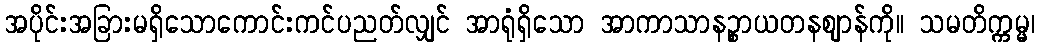
အပိုင်းအခြားမရှိသောကောင်းကင်ပညတ်လျှင် အာရုံရှိသော အာကာသာနဉ္စာယတနဈာန်ကို။ သမတိက္ကမ္မ၊